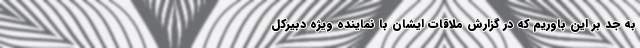
به جد بر این باوریم که در گزارش ملاقات ایشان با نماینده ویژه دبیرکل